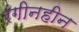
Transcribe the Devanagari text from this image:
रंगीनहीन